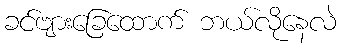
ခင်ဗျားခြေထောက် ဘယ်လိုနေလဲ